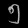
Digit: ၅